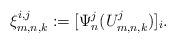
LaTeX: \begin{align*}\xi_{m,n,k}^{i,j}:=[\Psi_n^j(U_{m,n,k}^j)]_i.\end{align*}